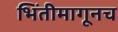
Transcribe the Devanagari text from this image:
भिंतीमागूनच